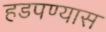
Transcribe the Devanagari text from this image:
हडपण्यास